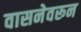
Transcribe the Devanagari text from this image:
वासनेवरून